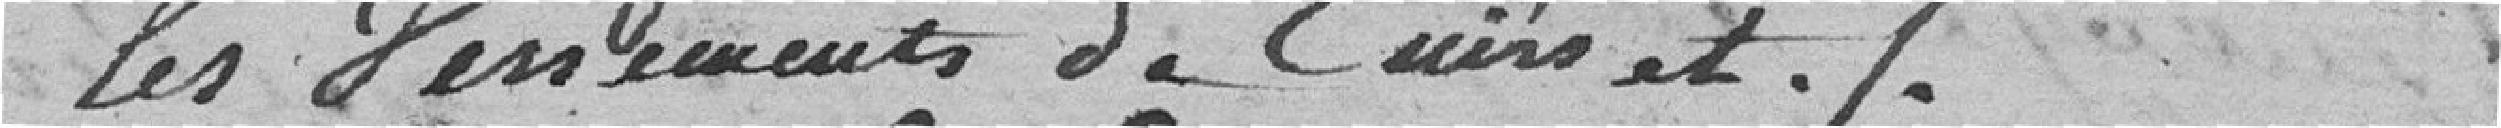
les Versements de Cuirs%